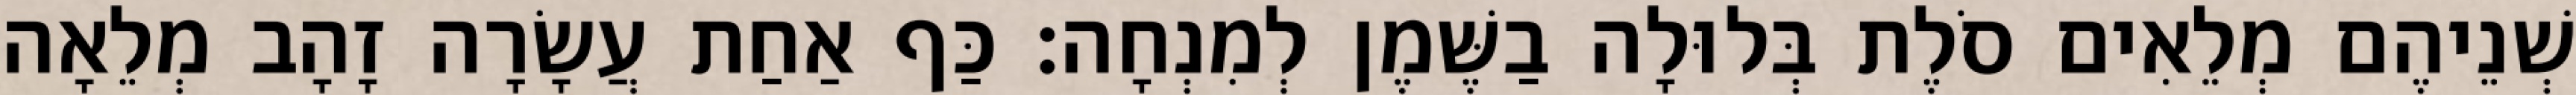
שְׁנֵיהֶם מְלֵאִים סֹלֶת בְּלוּלָה בַשֶּׁמֶן לְמִנְחָה׃ כַּף אַחַת עֲשָׂרָה זָהָב מְלֵאָה